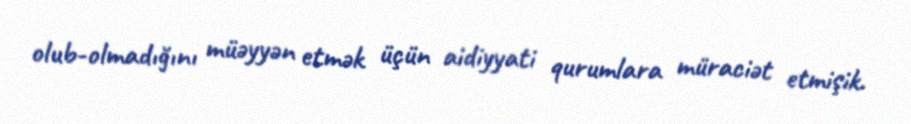
olub-olmadığını müəyyən etmək üçün aidiyyati qurumlara müraciət etmişik.